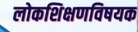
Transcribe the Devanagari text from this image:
लोकशिक्षणविषयक